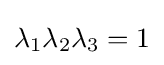
\lambda _{1}\lambda _{2}\lambda _{3}=1